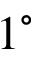
1 ^ { \circ }